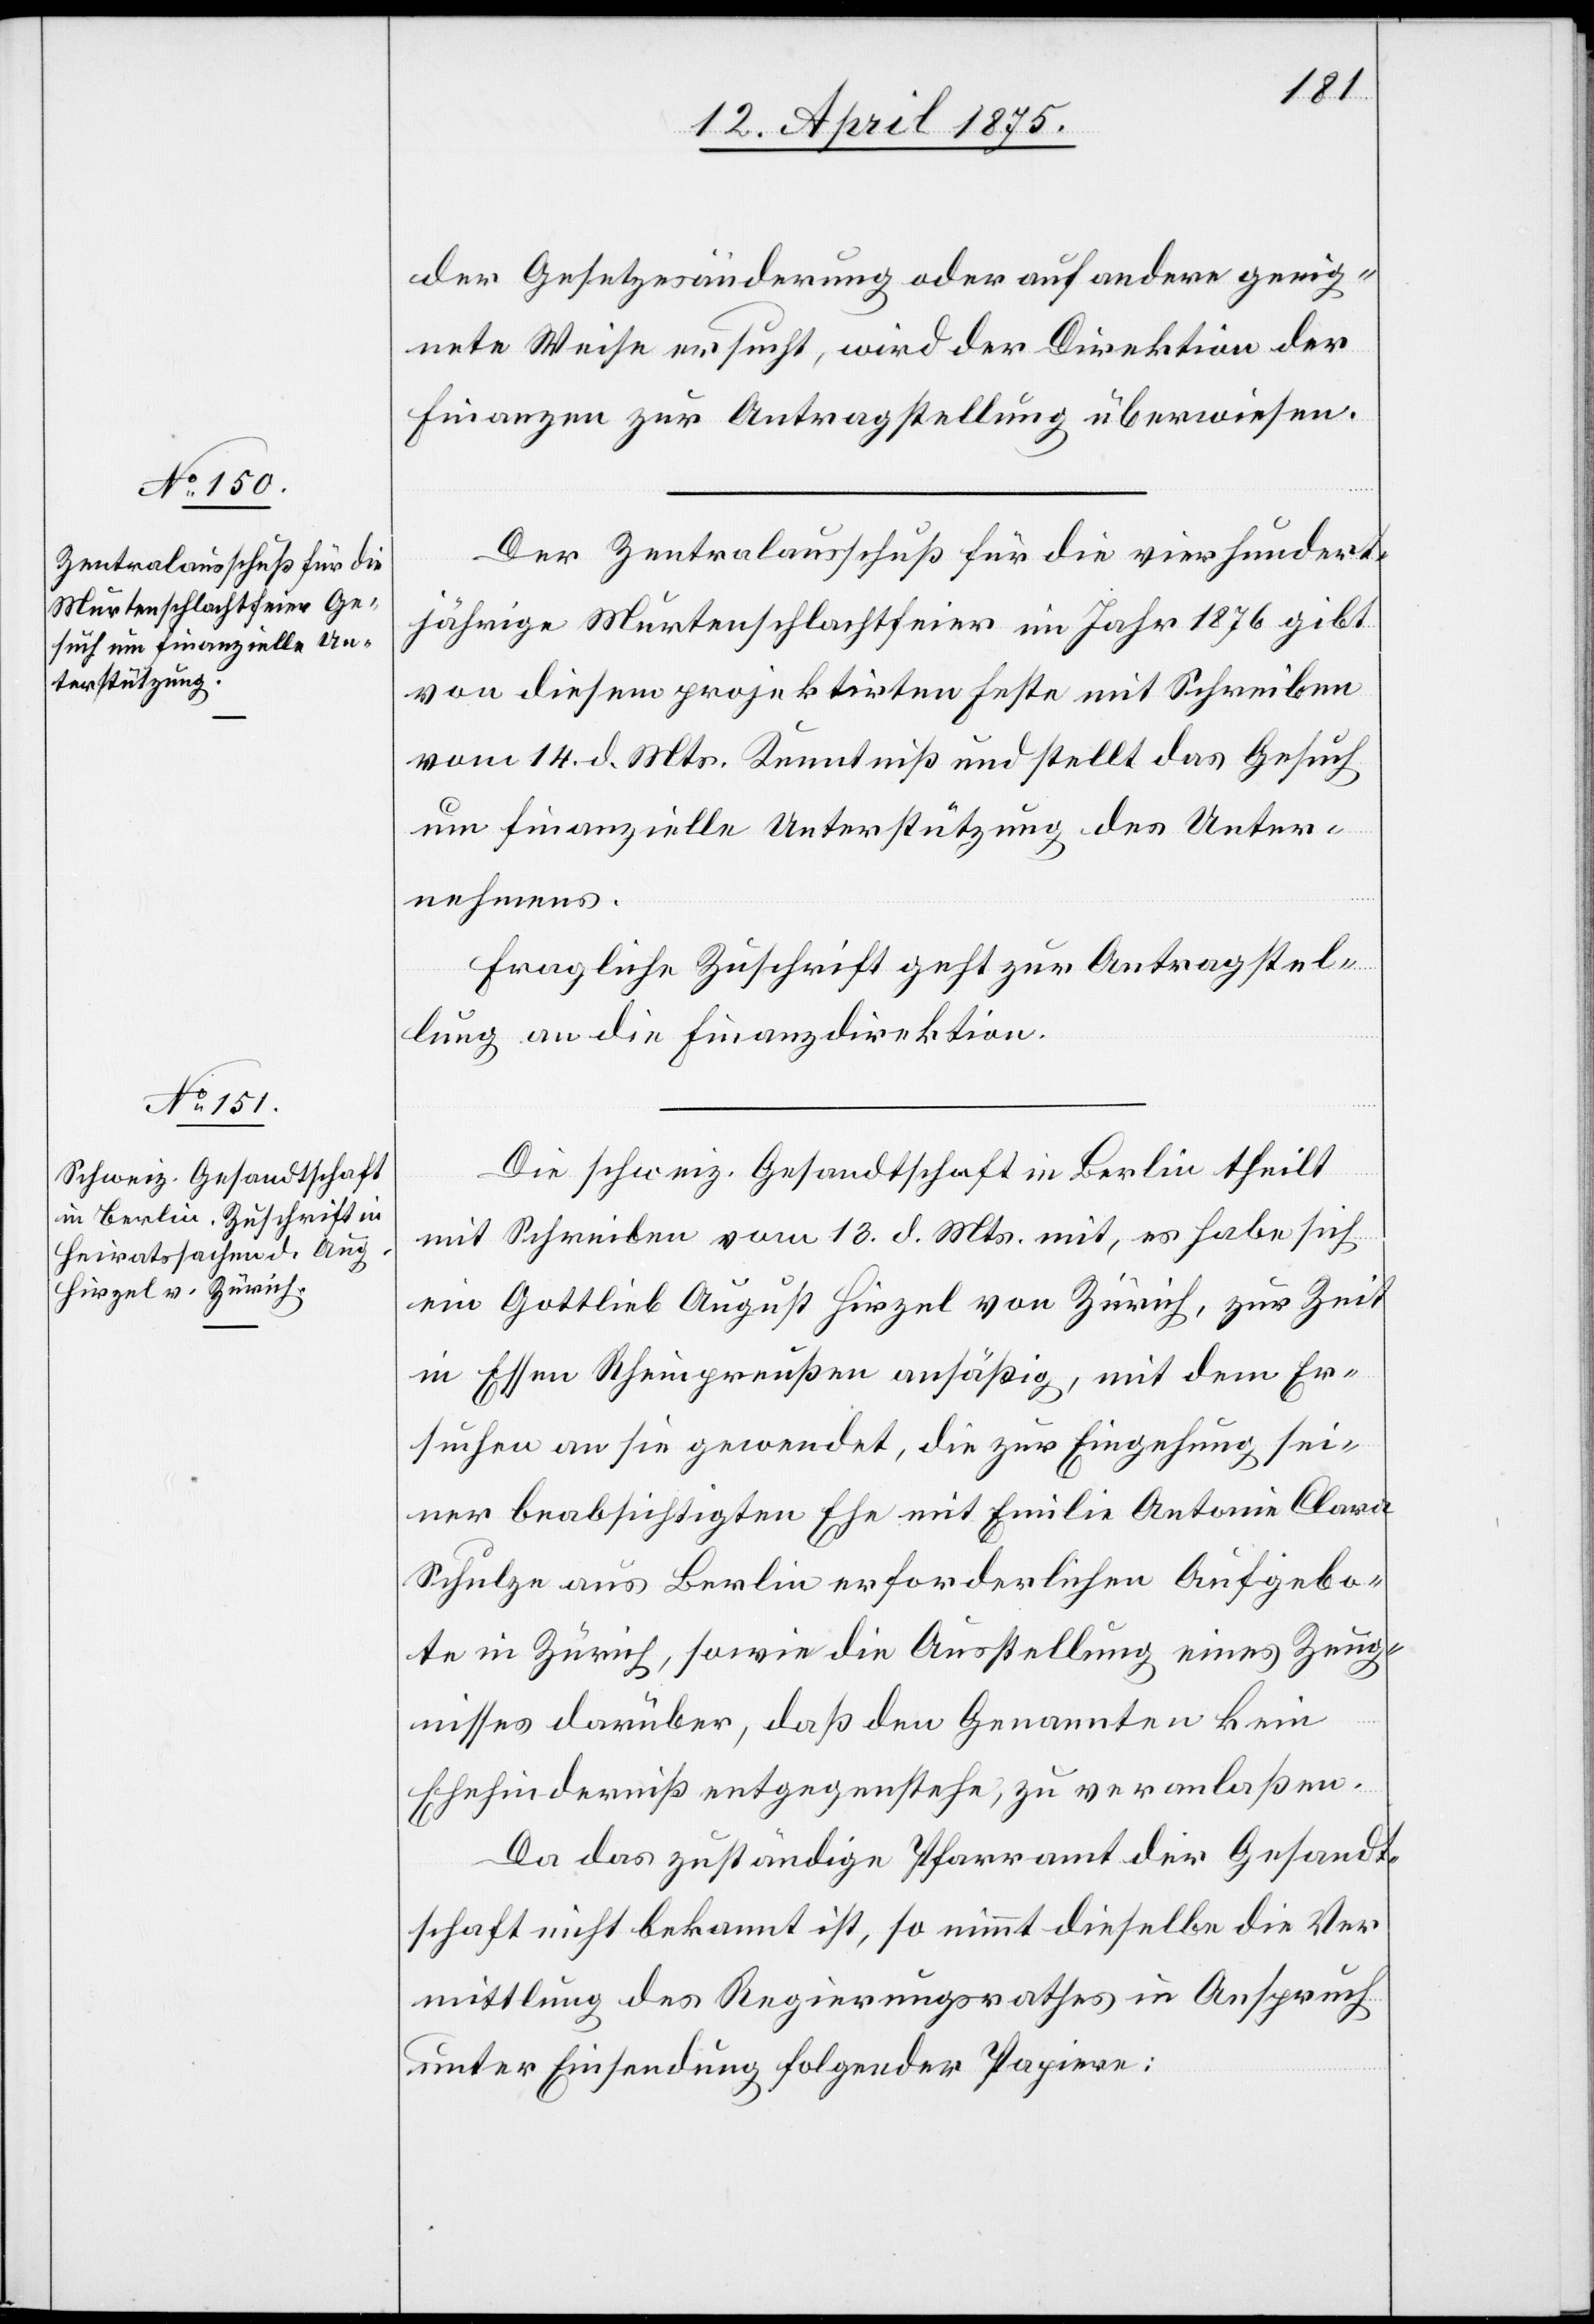
15. April 1875.]
der Gesetzesänderung oder auf andere geeig¬
nete Weise ersucht, wird der Direktion der
Finanzen zur Antragstellung überwiesen.
Der Zentralausschuß für die vierhundert¬
jährige Murtenschlachtfeier im Jahr 1876 gibt
von diesem projektirten Feste mit Schreiben
vom 14. d. Mts. Kenntniß und stellt das Gesuch
um finanzielle Unterstützung des Unter¬
nehmens.
Fragliche Zuschrift geht zur Antragstel¬
lung an die Finanzdirektion.
Die schweiz. Gesandtschaft in Berlin ertheilt
mit Schreiben vom 13. d. Mts mit, es habe sich
ein Gottlieb August Hirzel von Zürich, zur Zeit
in Essen Rheinpreußen ansäßig, mit dem Er¬
suchen an sie gewendet, die zur Eingehung sei¬
ner beabsichtigten Ehe mit Emilie Antonie Clara
Schulze aus Berlin erforderlichen Aufgebo¬
te in Zürich, sowie die Ausstellung eines Zeug¬
nisses darüber, daß den Genannten kein
Ehehinderniß entgegenstehe, zu veranlaßen.
Da das zuständige Pfarramt der Gesandt¬
schaft nicht bekannt ist, so nimmt dieselbe die Ver¬
mittlung des Regierungsrathes in Anspruch
unter Einsendung folgender Papiere: